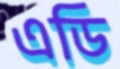
এডি